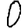
Digit: 0